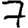
Digit: 7